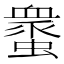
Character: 𧑸